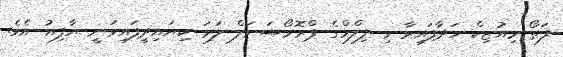
ފަތޯ މިއުޒިކް ހަދާފައިވާ މި ފިލްމްގެ ޕްރޮމޯޝަނަލް ލަވަ ކިޔައިދީފައިވަނީ ޔާފިއު އެވެ.